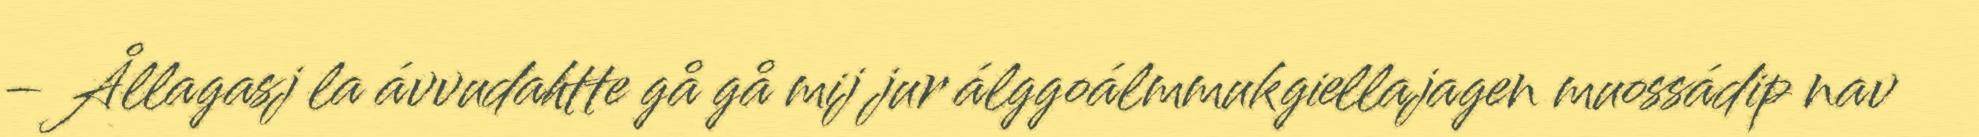
– Ållagasj la ávvudahtte gå gå mij jur álggoálmmukgiellajagen muossádip nav